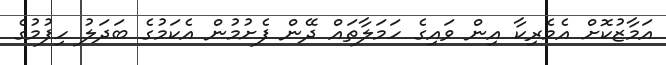
އަމާޒުކޮށް އެމެރިކާ އިން ވައިގެ ހަމަލާތައް ދޭން ފެށުމުން އެކަމުގެ ބަދަލު ހިފުމުގެ